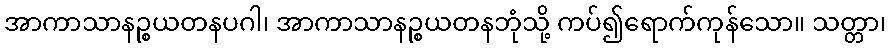
အာကာသာနဉ္စယတနပဂါ၊ အာကာသာနဉ္စယတနဘုံသို့ ကပ်၍ရောက်ကုန်သော။ သတ္တာ၊